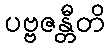
ပဗ္ဗဇန္တီတိ